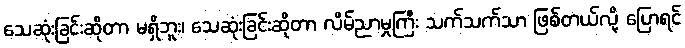
သေဆုံးခြင်းဆိုတာ မရှိဘူး၊ သေဆုံးခြင်းဆိုတာ လိမ်ညာမှုကြီး သက်သက်သာ ဖြစ်တယ်လို့ ပြောရင်